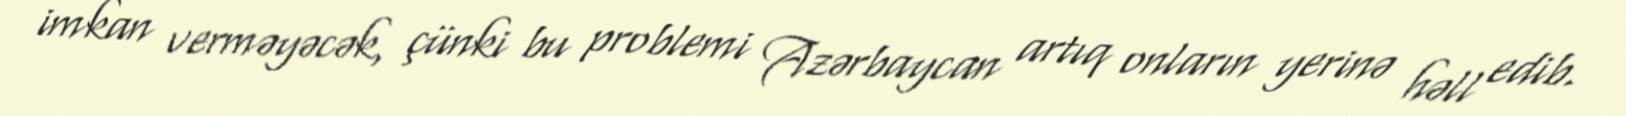
imkan verməyəcək, çünki bu problemi Azərbaycan artıq onların yerinə həll edib.